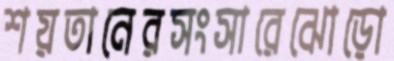
শয়তানেরসংসারেঝোড়ো